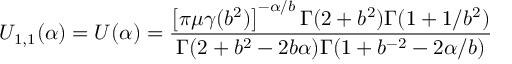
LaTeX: U _ { 1 , 1 } ( \alpha ) = U ( \alpha ) = \frac { \left[ \pi \mu \gamma ( b ^ { 2 } ) \right] ^ { - \alpha / b } \Gamma ( 2 + b ^ { 2 } ) \Gamma ( 1 + 1 / b ^ { 2 } ) } { \Gamma ( 2 + b ^ { 2 } - 2 b \alpha ) \Gamma ( 1 + b ^ { - 2 } - 2 \alpha / b ) }